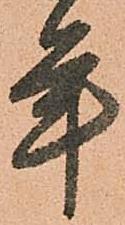
年